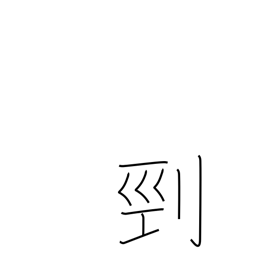
Meaning: beheading